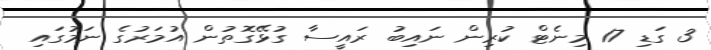
3 ގަޑި 17 މިނެޓް ކުރިން ނައިބު ރައީސާ ގުޅޭގޮތުން އުމަރުގެ ނަމުގައި